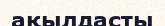
ақылдасты